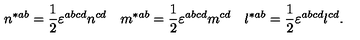
n ^ { * a b } = \frac 1 2 \varepsilon ^ { a b c d } n ^ { c d } \quad m ^ { * a b } = \frac 1 2 \varepsilon ^ { a b c d } m ^ { c d } \quad l ^ { * a b } = \frac 1 2 \varepsilon ^ { a b c d } l ^ { c d } .